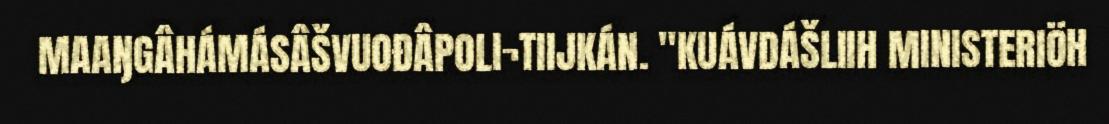
MAAŊGÂHÁMÁSÂŠVUOĐÂPOLI¬TIIJKÁN. "KUÁVDÁŠLIIH MINISTERIÖH